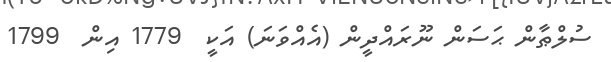
ސުލްޠާން ޙަސަން ނޫރައްދީން (އެއްވަނަ) އަކީ  1779 އިން  1799